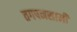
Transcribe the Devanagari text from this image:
तगपनसामी